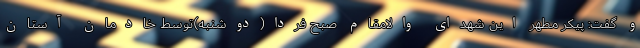
و گفت: پیکر مطهر این شهدای والامقام صبح فردا(دوشنبه)توسط خادمان آستان